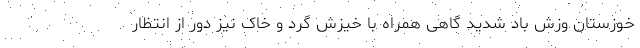
خوزستان وزش باد شدید گاهی همراه با خیزش گرد و خاک نیز دور از انتظار